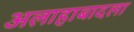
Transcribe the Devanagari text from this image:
अलाहाबादला